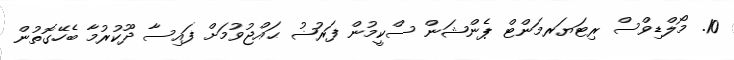
10. މޯލްޑިވްސް ރިޓަޔަރމަންޓް ޕެންޝަން ސްކީމުން ފަރުޟު ޙައްޖުވުމަށް ފައިސާ ދޫކުރުމާ ބެހޭގޮތުން